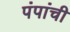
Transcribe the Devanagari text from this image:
पंपांची